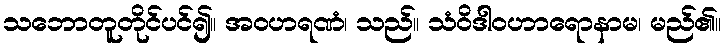
သဘောတူတိုင်ပင်၍။ အဝဟရဏံ၊ သည်။ သံဝိဒါဝဟာရောနာမ၊ မည်၏။